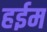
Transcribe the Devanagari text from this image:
हईम